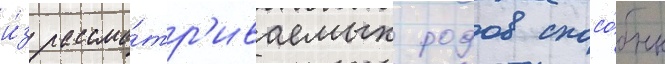
и́з рассма́тр'иваемых родов спосо́бны